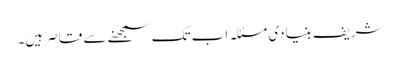
شریف بنیادی مسئلہ اب تک سمجھنے سے قاصر ہیں۔